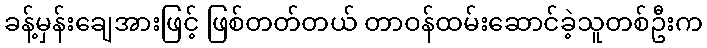
ခန့်မှန်းချေအားဖြင့် ဖြစ်တတ်တယ် တာဝန်ထမ်းဆောင်ခဲ့သူတစ်ဦးက